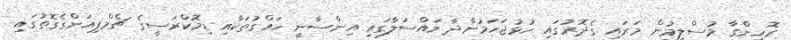
ރޮހިންގާ މުސްލިމުން މަރައި ގެދޮރުގައި ހުޅުޖަހަމުންދާ މައްސަލާގައި އިންސާނީ ހައްގުތަކާއި ޑިމޮކްރަސީގެ ޗެމްޕިއަންގެގޮތުގައި